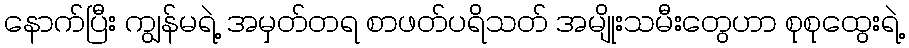
နောက်ပြီး ကျွန်မရဲ့ အမှတ်တရ စာဖတ်ပရိသတ် အမျိုးသမီးတွေဟာ စုစုထွေးရဲ့